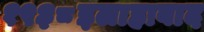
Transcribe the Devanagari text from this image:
१९३८इलाहाबाद